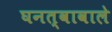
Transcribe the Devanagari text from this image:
घनत्वावाले